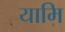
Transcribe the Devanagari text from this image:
यामि